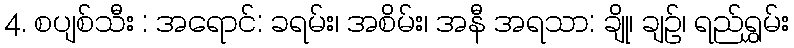
4. စပျစ်သီး : အရောင်: ခရမ်း၊ အစိမ်း၊ အနီ အရသာ: ချို၊ ချဉ်၊ ရည်ရွှမ်း